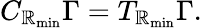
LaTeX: C_{\mathbb{R}_{\mathrm{{min}}}}\Gamma=T_{\mathbb{R}_{\mathrm{{min}}}}\Gamma.